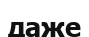
даже